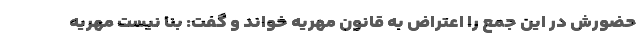
حضورش در این جمع را اعتراض به قانون مهریه خواند و گفت: بنا نیست مهریه